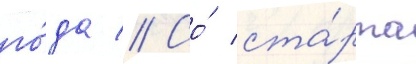
го́да // Со́ ста́рта